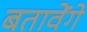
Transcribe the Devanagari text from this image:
बतावेंगे